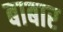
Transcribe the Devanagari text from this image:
बाबार